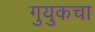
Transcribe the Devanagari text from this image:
गुयुकचा